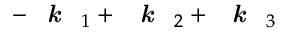
- \textbf { \textit { k } } _ { 1 } + \textbf { \textit { k } } _ { 2 } + \textbf { \textit { k } } _ { 3 }